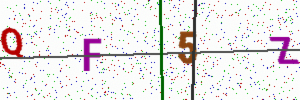
Text: QF5Z